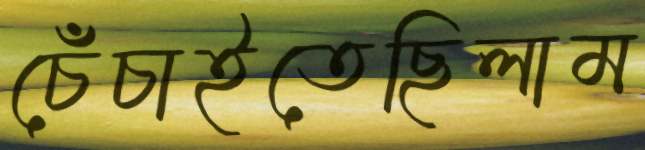
চেঁচাইতেছিলাম